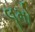
લૂમો